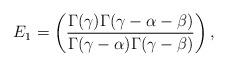
LaTeX: \begin{align*}E_1= \left(\frac{\Gamma(\gamma)\Gamma(\gamma-\alpha-\beta)}{\Gamma(\gamma -\alpha)\Gamma(\gamma - \beta)}\right),\end{align*}